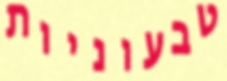
טבעוניות